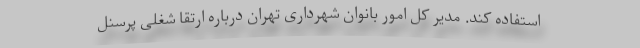
استفاده کند. مدیر کل امور بانوان شهرداری تهران درباره ارتقا شغلی پرسنل